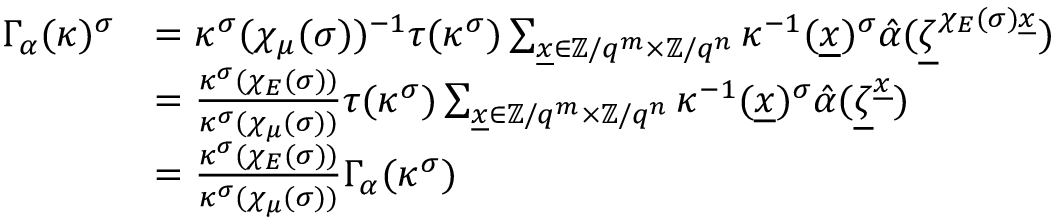
\begin{array} { r l } { \Gamma _ { \alpha } ( \kappa ) ^ { \sigma } } & { = \kappa ^ { \sigma } ( \chi _ { \mu } ( \sigma ) ) ^ { - 1 } \tau ( \kappa ^ { \sigma } ) \sum _ { \underline { x } \in \mathbb Z / q ^ { m } \times \mathbb Z / q ^ { n } } \kappa ^ { - 1 } ( \underline { x } ) ^ { \sigma } \hat { \alpha } ( \underline { \zeta } ^ { \chi _ { E } ( \sigma ) \underline { x } } ) } \\ & { = \frac { \kappa ^ { \sigma } ( \chi _ { E } ( \sigma ) ) } { \kappa ^ { \sigma } ( \chi _ { \mu } ( \sigma ) ) } \tau ( \kappa ^ { \sigma } ) \sum _ { \underline { x } \in \mathbb Z / q ^ { m } \times \mathbb Z / q ^ { n } } \kappa ^ { - 1 } ( \underline { x } ) ^ { \sigma } \hat { \alpha } ( \underline { \zeta } ^ { \underline { x } } ) } \\ & { = \frac { \kappa ^ { \sigma } ( \chi _ { E } ( \sigma ) ) } { \kappa ^ { \sigma } ( \chi _ { \mu } ( \sigma ) ) } \Gamma _ { \alpha } ( \kappa ^ { \sigma } ) } \end{array}